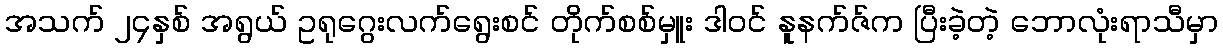
အသက် ၂၄နှစ် အရွယ် ဥရုဂွေးလက်ရွေးစင် တိုက်စစ်မှူး ဒါဝင် နူနက်ဇ်က ပြီးခဲ့တဲ့ ဘောလုံးရာသီမှာ